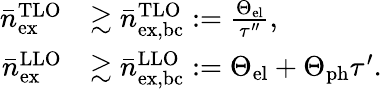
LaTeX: \begin{array}{rl}{\bar{n}_{\mathrm{ex}}^{\mathrm{TLO}}}&{\gtrsim\bar{n}_{\mathrm{ex,bc}}^{\mathrm{TLO}}:=\frac{\Theta_{\mathrm{el}}}{\tau^{\prime\prime}},}\\ {\bar{n}_{\mathrm{ex}}^{\mathrm{LLO}}}&{\gtrsim\bar{n}_{\mathrm{ex,bc}}^{\mathrm{LLO}}:=\Theta_{\mathrm{el}}+\Theta_{\mathrm{ph}}\tau^{\prime}.}\end{array}